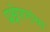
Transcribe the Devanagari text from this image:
प्रक्षेपणांचा